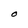
Character: O